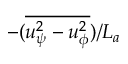
- ( \overline { { u _ { \psi } ^ { 2 } - u _ { \phi } ^ { 2 } } } ) / L _ { a }